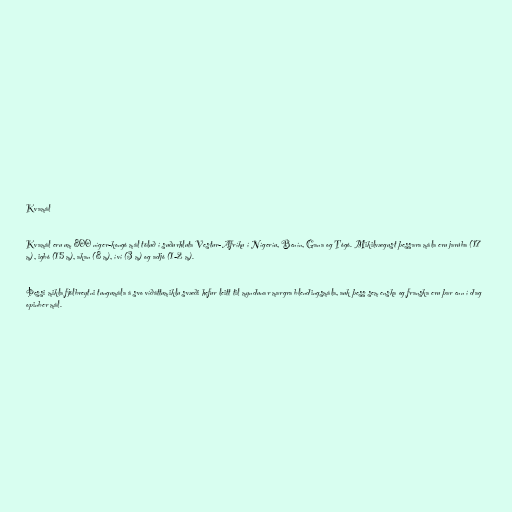
Kvamál

Kvamál eru um 800 níger-kongó mál töluð í suðurhluta Vestur-Afríku í Nígeríu, Benín, Gana og Tógó. Mikilvægust þessara mála eru jarúba (17
m), igbó (15 m), akan (8 m), íví (3 m) og adjó (1-2 m).

Þessi mikla fjölbreytni tungumála á svo víðáttumiklu svæði hefur leitt til myndunar margra blendingsmála, auk þess sem enska og franska eru þar enn í dag
opinber mál.